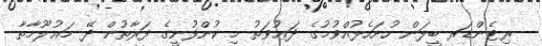
ރިޓެންޑަރ ބީލަން ހުށަހެޅުއްވުމުގެ ދަޢުވަތު މި ކުންފުނީގެ ފަރާތުން ދޭ މަޢުލޫމާތާ